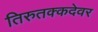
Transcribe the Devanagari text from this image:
तिरुतक्कदेवर